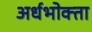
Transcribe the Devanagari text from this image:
अर्धभोक्ता